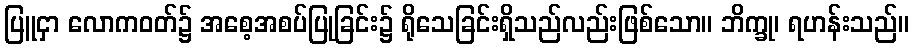
ပြူငှာ လောကဝတ်၌ အစေ့အစပ်ပြုခြင်း၌ ရိုသေခြင်းရှိသည်လည်းဖြစ်သော။ ဘိက္ခု၊ ရဟန်းသည်။